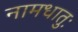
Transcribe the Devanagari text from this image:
नामधातुः